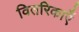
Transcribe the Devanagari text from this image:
वितरिकाएँ